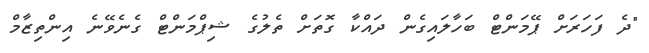
"ދެ ފަހަރަށް ޕޭމަންޓް ބަހާލައިގެން ދައްކާ ގޮތަށް ތެލުގެ ޝިޕްމަންޓް ގެނެވޭނެ އިންތިޒާމް